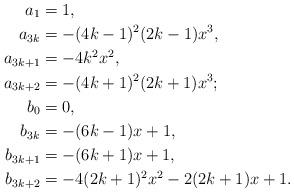
LaTeX: \begin{align*}a_1&=1 , \\a_{3k} &=-(4k - 1)^2(2k - 1)x^3, \\a_{3k+1} &=-4k^2x^2 , \\a_{3k+2} &=-(4k + 1)^2(2k + 1)x^3 ; \\b_0&=0 , \\b_{3k} &= -(6k - 1)x + 1 , \\b_{3k+1} &= -(6k + 1)x + 1, \\b_{3k+2} &= -4(2k + 1)^2x^2 - 2(2k + 1)x + 1 .\end{align*}